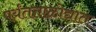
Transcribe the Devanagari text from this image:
पर्यंतताळोद्यात